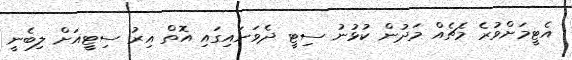
އެޓީމަށްވުރެ މެޗެއް މަދުން ކުޅުނު ސިޓީ ދެވަނައިގައި އޮތް އިރު ސިޓީއަށް ލިބެނީ